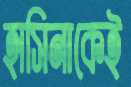
হাসিনাকেই